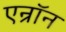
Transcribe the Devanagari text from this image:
एन्रॉन